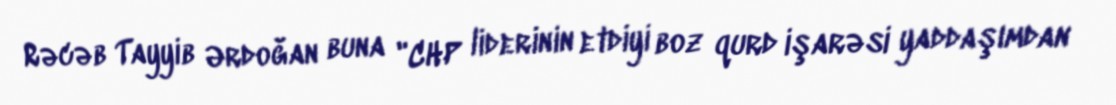
Rəcəb Tayyib Ərdoğan buna "CHP liderinin etdiyi boz qurd işarəsi yaddaşımdan